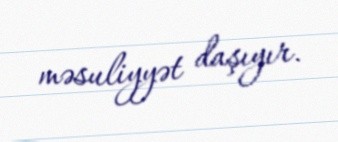
məsuliyyət daşıyır.